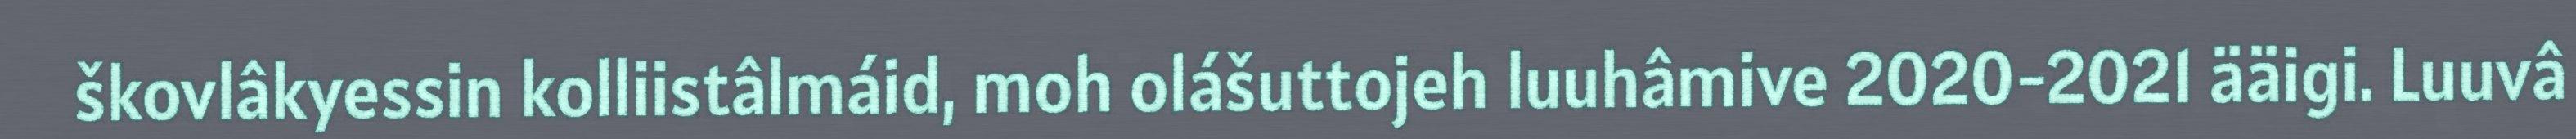
škovlâkyessin kolliistâlmáid, moh olášuttojeh luuhâmive 2020-2021 ääigi. Luuvâ